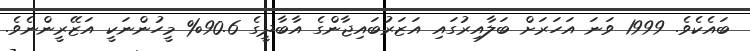
ބައެކެވެ. 1999 ވަނަ އަހަރަށް ބަލާއިރުގައި އަޒަރުބައިޖާންގެ އާބާދީގެ 90.6% މީހުންނަކީ އަޒޭރީންނެވެ.